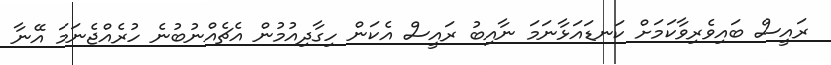
ރައީސް ބައިވެރިވާކަމަށް ކަނޑައަޅާނަމަ ނާއިބު ރައީސް އެކަން ހިގާދިއުމުން އެެޗެއްނުބުނެ ހުރެއްޖެނަމަ އޭނާ